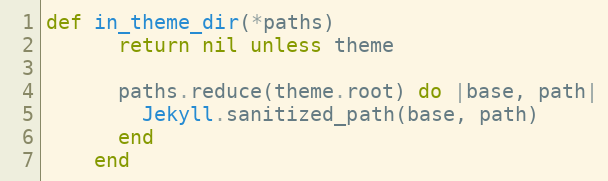
Language: Ruby
def in_theme_dir(*paths)
      return nil unless theme

      paths.reduce(theme.root) do |base, path|
        Jekyll.sanitized_path(base, path)
      end
    end